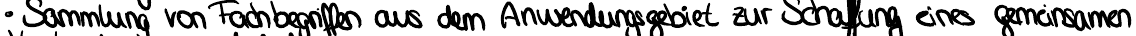
Sammlung von Fachbegriffen aus dem Anwendungsgebiet zur Schaffung eines gemeinsamen